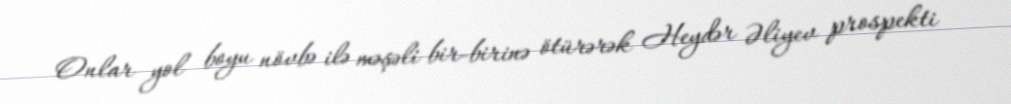
Onlar yol boyu növbə ilə məşəli bir-birinə ötürərək Heydər Əliyev prospekti